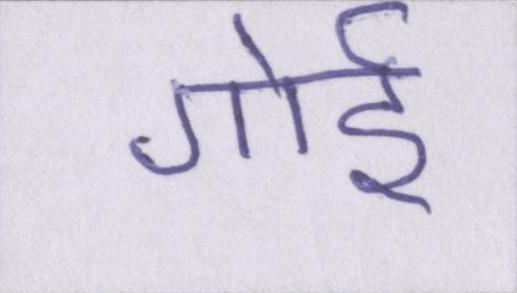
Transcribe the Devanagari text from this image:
गोई